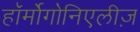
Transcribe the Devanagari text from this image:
हॉर्मोगोनिएलीज़